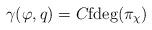
LaTeX: \begin{align*}\gamma(\varphi,q)=C\textup{fdeg}(\pi_\chi) \end{align*}